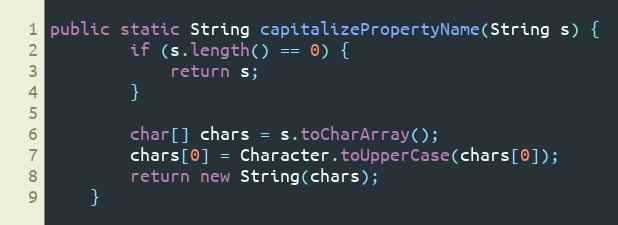
Language: Java
public static String capitalizePropertyName(String s) {
		if (s.length() == 0) {
			return s;
		}

		char[] chars = s.toCharArray();
		chars[0] = Character.toUpperCase(chars[0]);
		return new String(chars);
	}